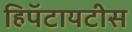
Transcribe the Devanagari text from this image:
हिपॅटायटीस